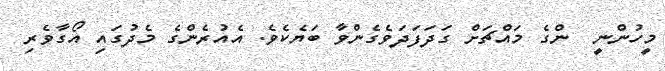
މީހުންނީ  ންގެ މައްޗަށް ގަދަފަދަވެގެންވާ ބަޔެކެވެ. އެއުރެންގެ މެދުގައި އޯގާވެރި